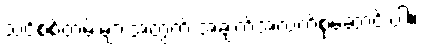
သင့်စစ်တမ်းများအတွက် အချက်အလက်စုဆောင်းပါ။